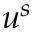
u ^ { s }